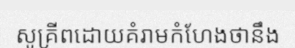
សូគ្រីពដោយគំរាមកំហែងថានឹង